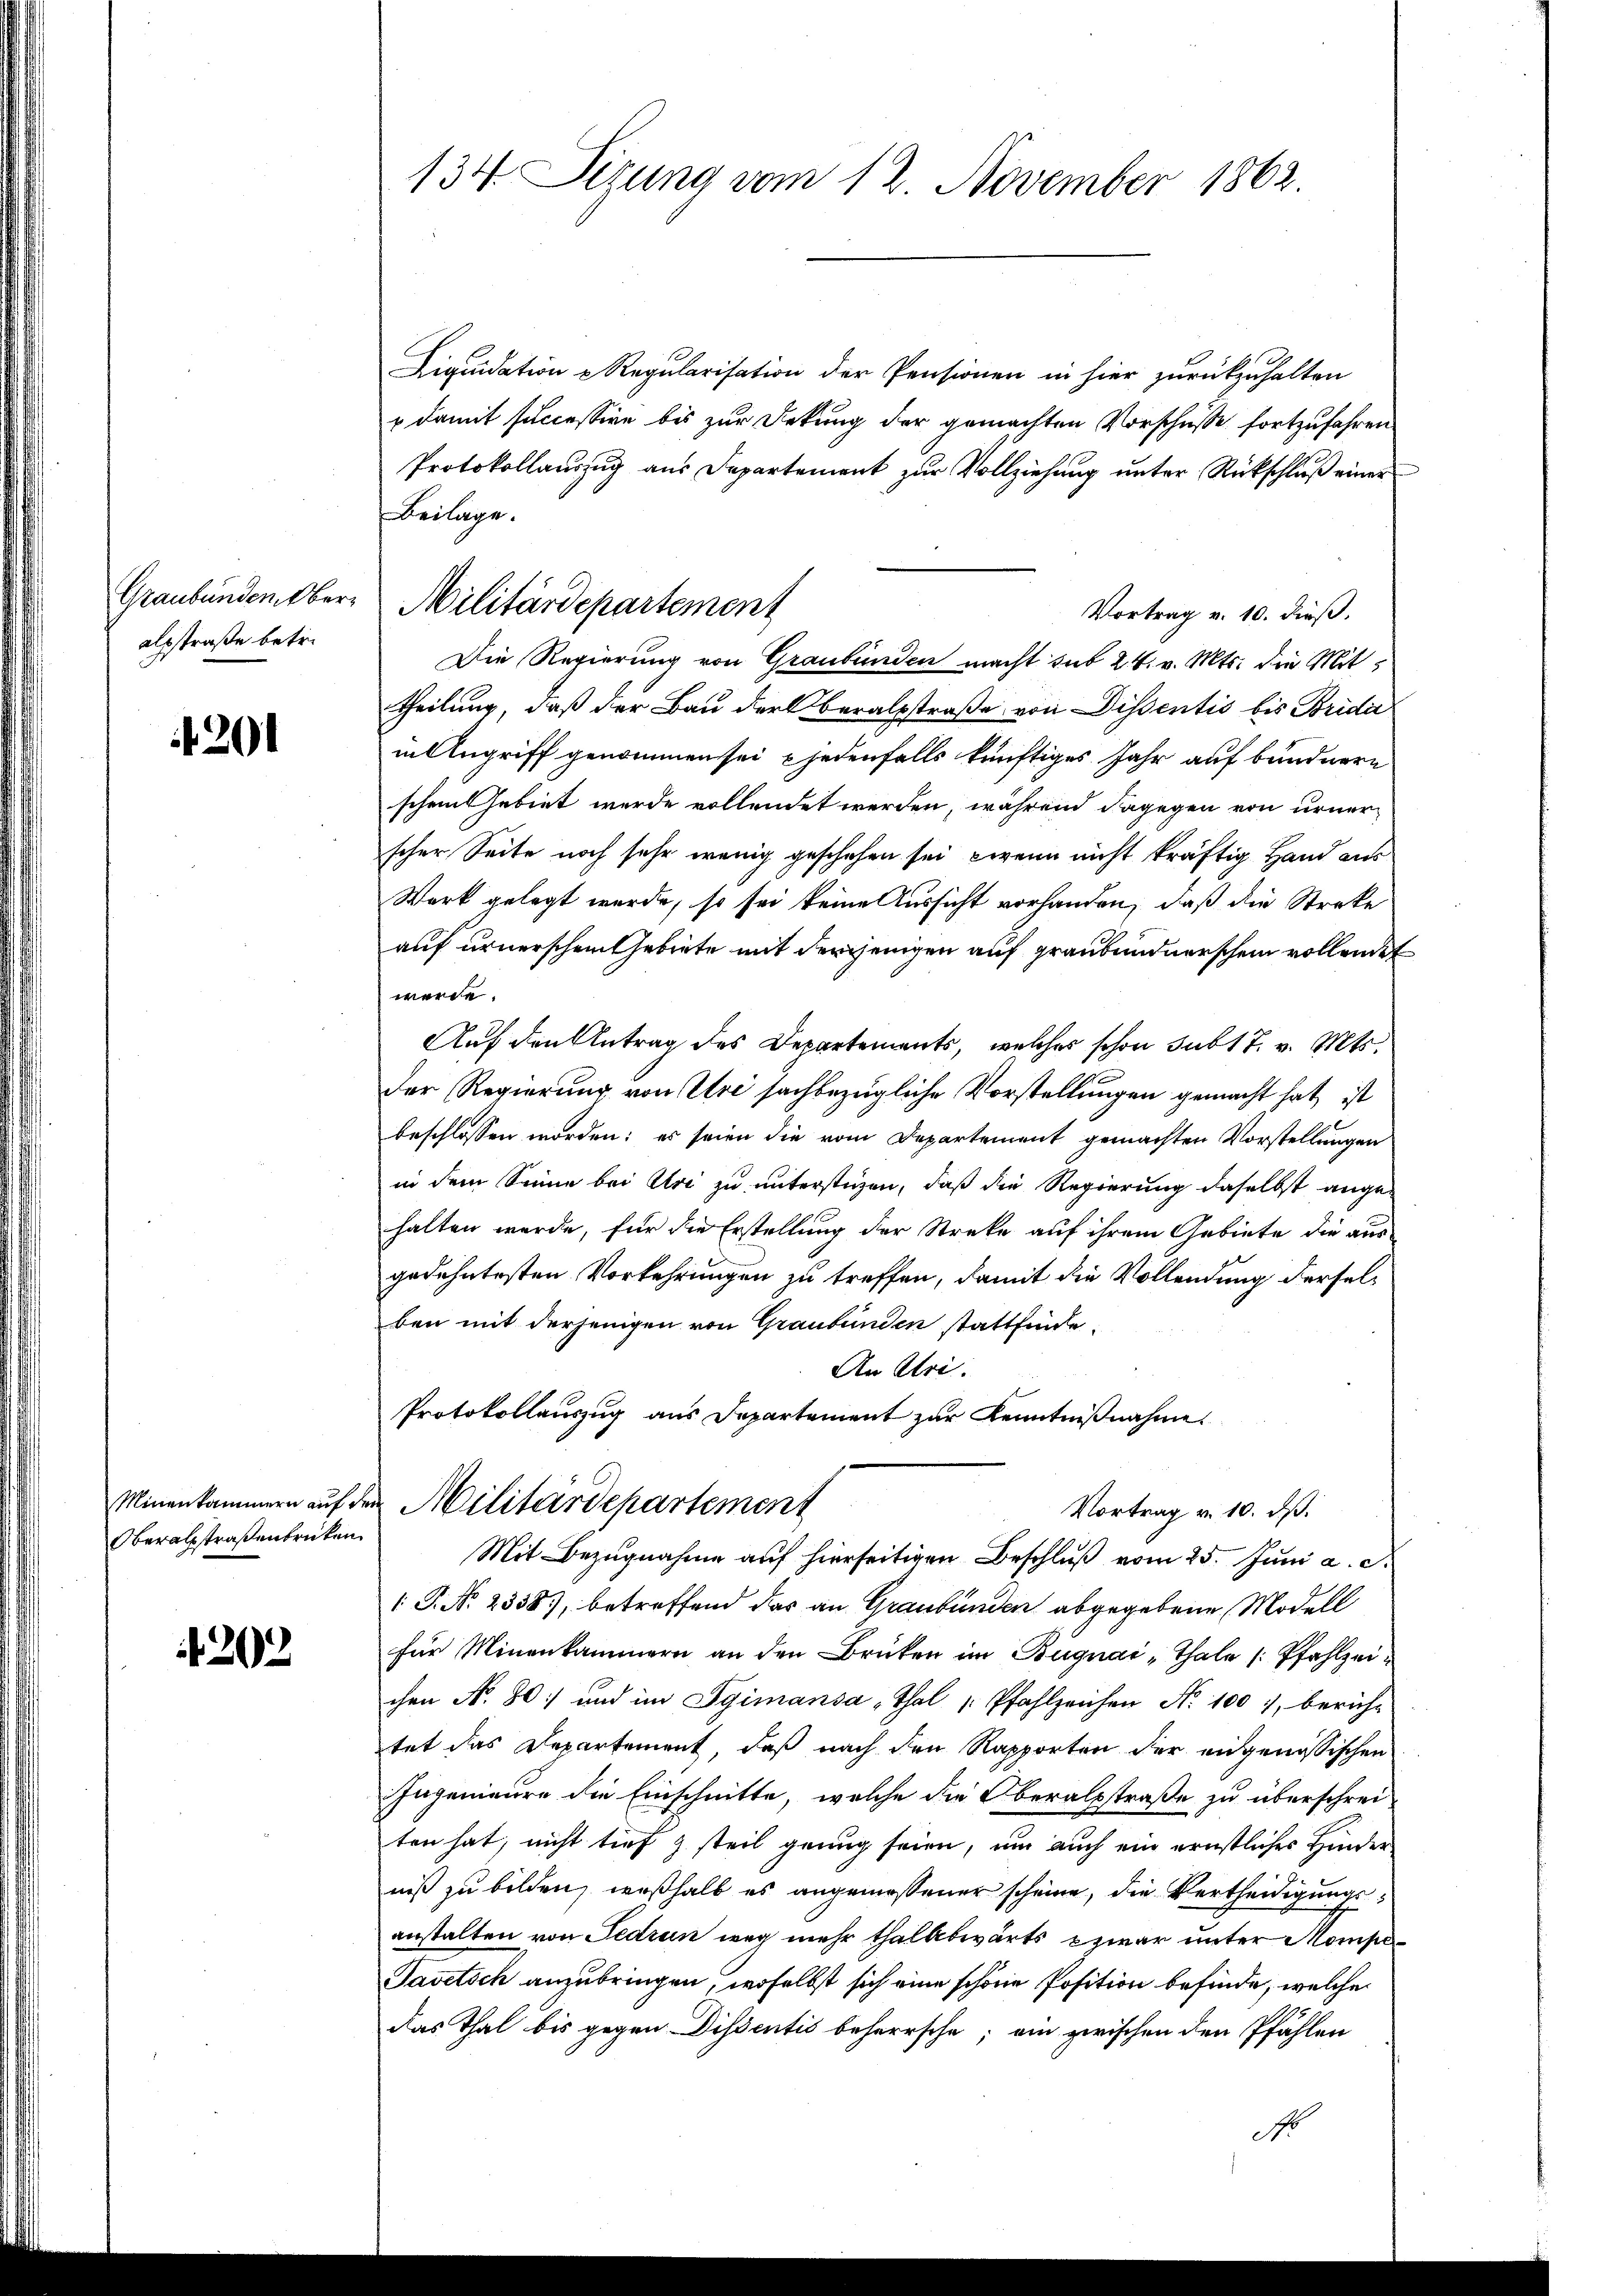
alsstraße betr.

201

Oberalstraßenbrücken.

202

134. Sizung vom 12 November 1862.

Liquidation u Regularisation der Pensionen in hier zurückzuhalten
 damit successive bis zur Dekung der gemachten Vorschüsse fortzufahren
Protokollauszug aus Departement zur Vollziehung unter Rückschluß einer
Beilage.
Vortrag v. 10. dieß.
Die Regierung von Graubünden macht sub 24. v. Mts. die Mittheilung, daß der Bau der beralsstraße von Dissentis bis Bridie
in Angriff genommen sei jedenfalls künftiges Jahr auf bundnern
schen Gebiet wurde vollendet werden, während dagegen von urner
scher Seite noch sehr wenig geschehen sei, wenn nicht kräftig Hand aus
Werk gelegt wurde, so sei keine Aussicht vorhanden, daß die Streke
auf ernerscheinthebiete mit derjenigen auf graubündnerschein vollendet
werde.
Auf den Antrag des Departements, welches schon sub 17. v. Mts.
Der Regierung von Uri sachbezügliche Vorstellungen gemacht hat, ist
beschlossen worden; es seien die vom Departement gemachten Vorstellungen
in dem Sinne bei Uri zu unterstüzen, daß die Regierung daselbst angehalten werde, für die Erstellung der Streke auf ihrem Gebiete die aus
gedehntesten Vorkehrungen zu treffen, damit die Vollendung derselben mit derjenigen von Graubünden stattfinde.
An Uri.
Protokollauszug aus Departement zur Kenntnißnahme.
Minenkammern auf der Militärdepartement
Vortrag v. 10. dß.
Mit Bezugnahme auf hierseitigen Beschluß vom 25. Juni a. c.
 P. Nr. 2338), betreffend das an Graubünden abgegebene Modell
für Minenkammern an den Brüken im Bugnai „Thale Pfahlzeichen No. 80 und im Sgimansa-Thal "Pfahlzeichen No 100, berühr
tet das Departement, daß nach den Rapporten der eidgenössischen
Ingenieure die Einschnitte, welche die Oberalstraße zu überschrei-
ten hat, nicht tief z steil genug seien, um auch ein ernstliches Hinder
niß zu bilden, weßhalb es angemessener scheine, die Vertheidigungsanstalten von Fedrun weg mehr thalbbwärts zwar unter Mompe¬
Pavetsch anzubringen, woselbst sich eine schöne Position befinde, welche
das Thal bis gegen Dissentis beherrsche; am zwischen den Pfählen
No

Graubünden über Militärdepartement